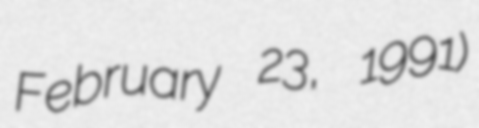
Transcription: February 23, 1991)